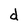
Character: d